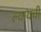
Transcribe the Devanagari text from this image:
ल्यायची